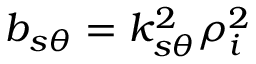
b _ { s \theta } = k _ { s \theta } ^ { 2 } \rho _ { i } ^ { 2 }